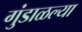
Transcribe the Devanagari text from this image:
गुंडाळल्या